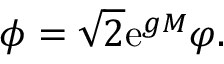
\phi = \sqrt { 2 } \mathrm { e } ^ { g M } \varphi .